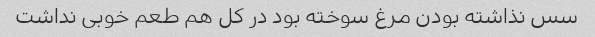
سس نذاشته بودن مرغ سوخته بود در کل هم طعم خوبی نداشت